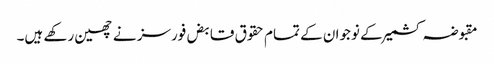
مقبوضہ کشمیر کے نوجوان کے تمام حقوق قابض فورسز نے چھین رکھے ہیں۔